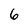
Character: 6